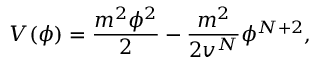
V ( \phi ) = { \frac { m ^ { 2 } \phi ^ { 2 } } { 2 } } - { \frac { m ^ { 2 } } { 2 v ^ { N } } } \phi ^ { N + 2 } ,